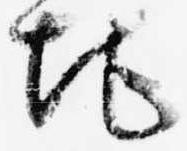
地